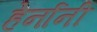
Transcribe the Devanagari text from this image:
हेर्नानी